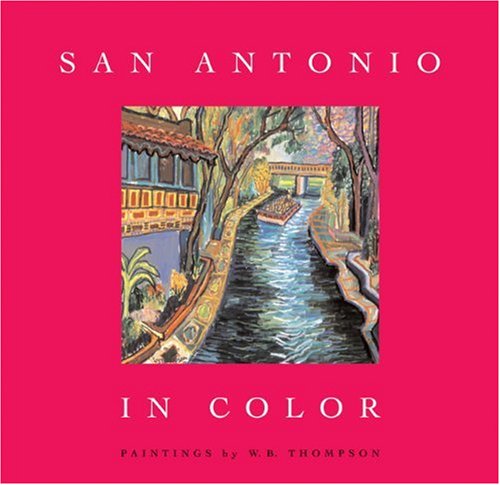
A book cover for San Antonio in Color; Jenny Browne; Travel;